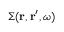
\Sigma ( \boldsymbol { \mathbf { r } } , \boldsymbol { \mathbf { r } } ^ { \prime } , \omega )